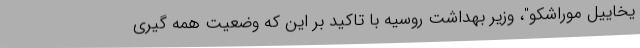
یخاییل موراشکو"، وزیر بهداشت روسیه با تاکید بر این که وضعیت همه گیری